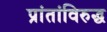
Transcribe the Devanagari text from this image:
प्रांतांविरुद्ध